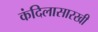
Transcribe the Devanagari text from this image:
कंदिलासारखी